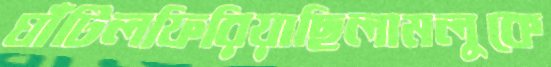
ঘাঁটিলফিরিয়াছিলামলুকে